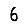
Digit: 6